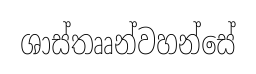
ශාස්තෲන්වහන්සේ